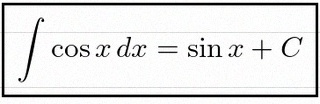
\int \cos x\,dx=\sin x+C